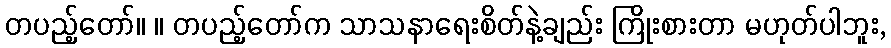
တပည့်တော်။ ။ တပည့်တော်က သာသနာရေးစိတ်နဲ့ချည်း ကြိုးစားတာ မဟုတ်ပါဘူး,